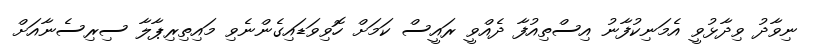
ނިވާދު ވިދާޅުވީ އެމަނިކުފާނު އިސްތިއުފާ ދެއްވީ ރައީސް ކަމަށް ހޮވިވަޑައިގެންނެވި މައިތިރިޕާލާ ސިރިސެނާއަށް